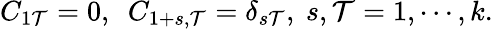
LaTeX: C_{1\mathcal{T}}=0,~~C_{1+s,\mathcal{T}}=\delta_{s\mathcal{T}},~s,\mathcal{T}=1,\cdots,k.